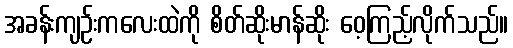
အခန်းကျဉ်းကလေးထဲကို စိတ်ဆိုးမာန်ဆိုး ဝေ့ကြည့်လိုက်သည်။